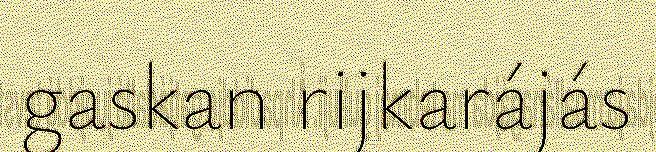
gaskan rijkarájás